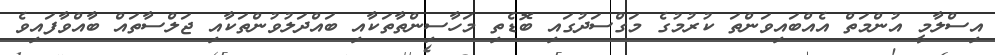
އިސްލާމީ އުންމަތް އެއްބައިވަންތަ ކުރުމުގެ މަގްސަދުގައި ބޮޑެތި މަހާސިންތާތަކާއި ބައްދަލުވުންތަކާއި ޖަލްސާތައް ބާއްވާފައިވެ